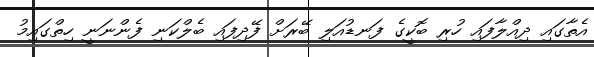
އެތާގައި ދިއްލާފައި ހުރި ބޮކީގެ ފަނޑުއަލި ބޭރަށް ފޭދިފައި ބެލްކަނި ފެންނަނީ ހިތްގައިމު